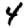
Digit: 4